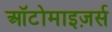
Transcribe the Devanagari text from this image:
ऑटोमाइज़र्स